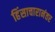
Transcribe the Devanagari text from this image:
हिंसाचारानंतर